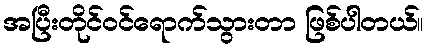
အပြီးတိုင်ဝင်ရောက်သွားတာ ဖြစ်ပါတယ်။